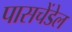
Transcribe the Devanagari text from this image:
पासचेंडेल